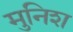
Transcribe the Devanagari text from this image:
मुनिश